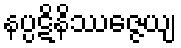
နပ္ပဋိနိဿဇ္ဇေယျ